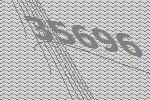
35696